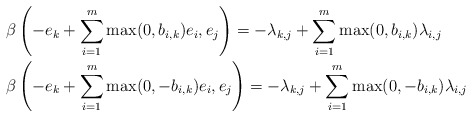
\begin{align*}&\beta\left(-e_k+\sum_{i=1}^m\max(0,b_{i,k})e_i,e_j\right)=-\lambda_{k,j}+\sum_{i=1}^m\max(0,b_{i,k})\lambda_{i,j}\\&\beta\left(-e_k+\sum_{i=1}^m\max(0,-b_{i,k})e_i,e_j\right)=-\lambda_{k,j}+\sum_{i=1}^m\max(0,-b_{i,k})\lambda_{i,j}\end{align*}